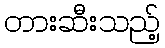
တားဆီးသည့်